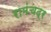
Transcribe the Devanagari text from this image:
रामंचद्र